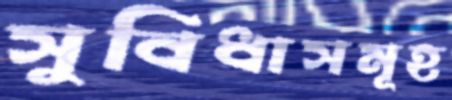
সুবিধাসমূহ